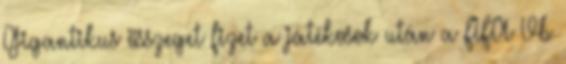
Gigantikus összeget fizet a játékosok után a FIFA Vb